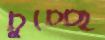
চুচ্ছে